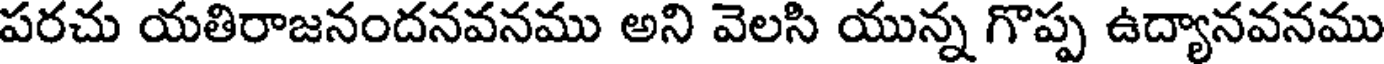
పరచు యతిరాజనందనవనము అని వెలసి యున్న గొప్ప ఉద్యానవనము